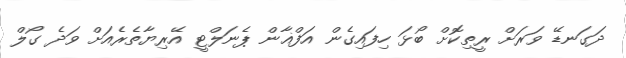
ދަގަނޑޭ ވަރަށް ރީތިކޮށް ބޯޅަ ހިފައިގެން އަފްޣާން ޕެނަލްޓީ އޭރިޔާތެރެއަށް ވަދެ ގޯލް